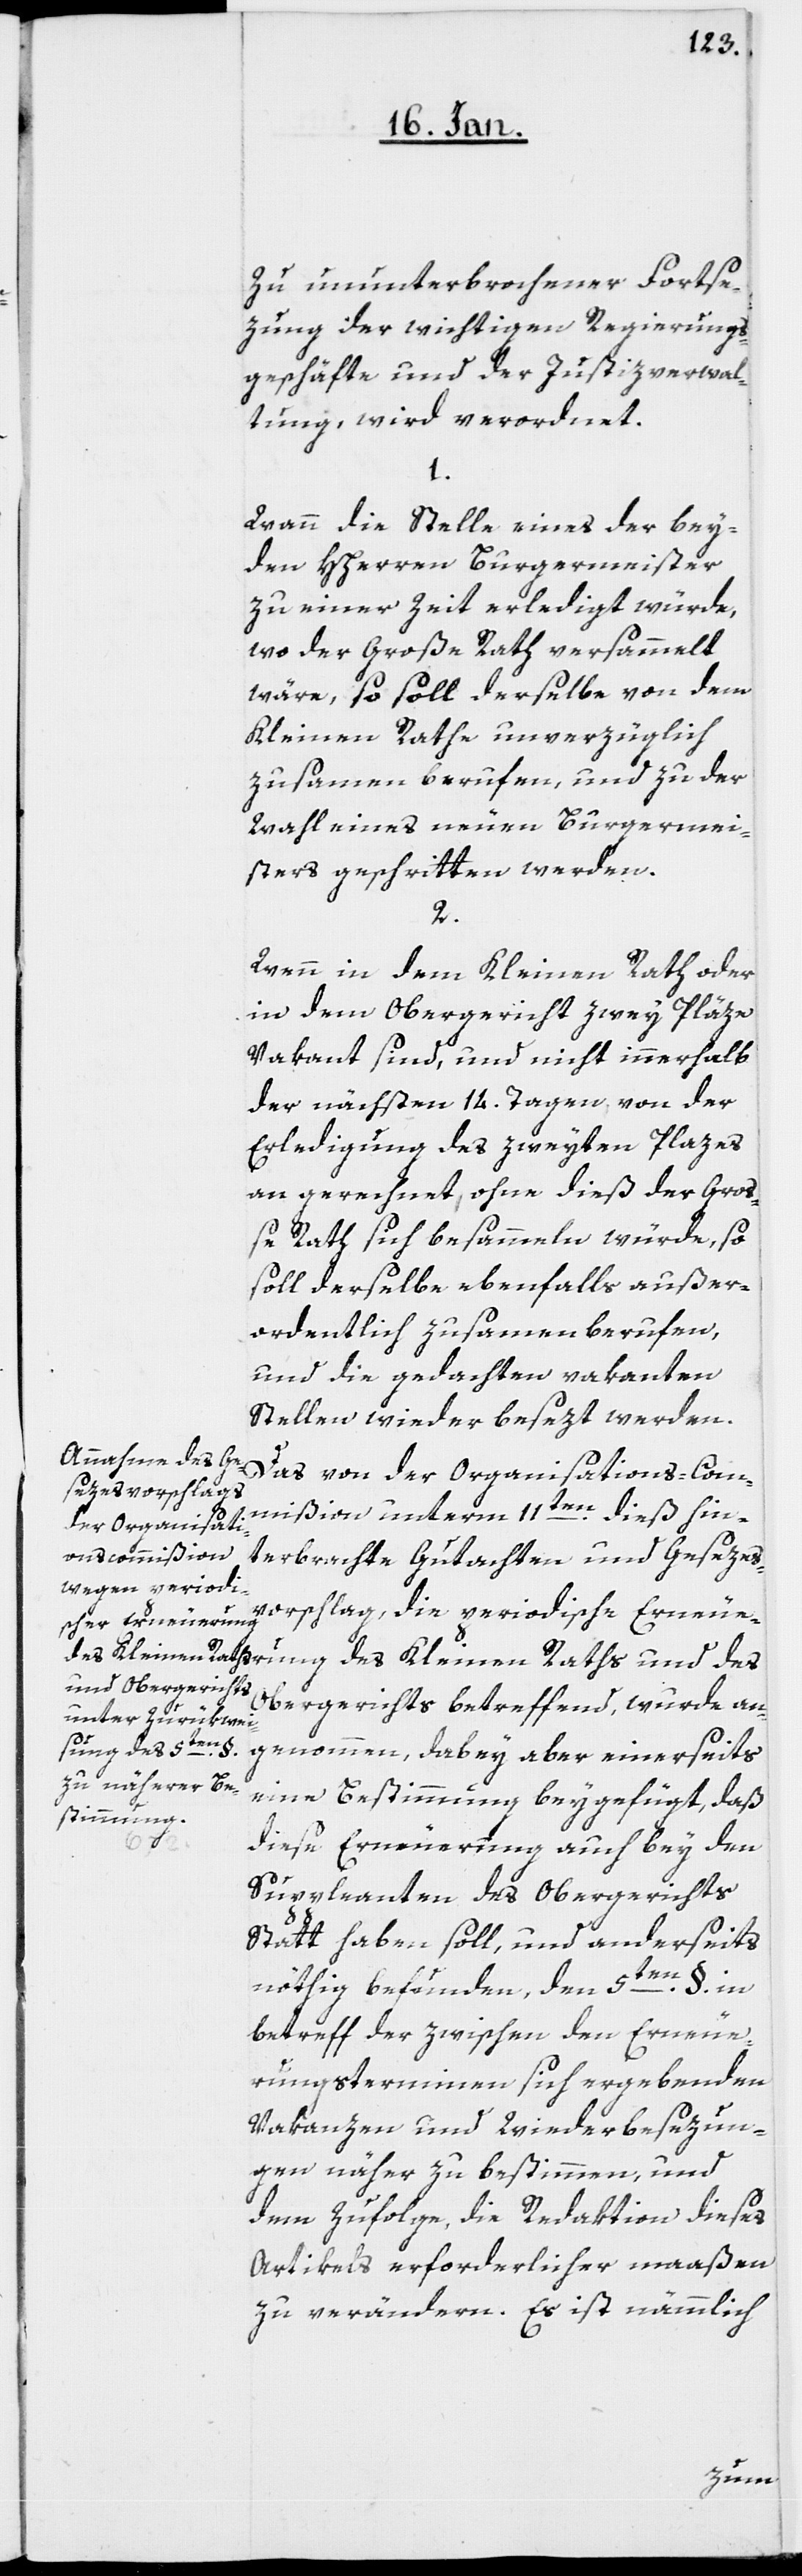
Zu ununterbrochener Fortse¬
zung der wichtigen Regierungs¬
geschäfte und der Justizverwal¬
tung, wird verordnet.
1.
Wann die Stelle eines der bey¬
den HHerren Burgermeister
zu einer Zeit erledigt würde,
wo der Große Rath versammelt
wäre, so soll derselbe von dem
Kleinen Rathe unverzüglich
zusamen berufen, und zu der
Wahl eines neuen Burgermei¬
sters geschritten werden.
2.
Wenn in dem Kleinen Rath oder
in dem Obergericht zwey Pläze
vakant sind, und nicht innerhalb
der nächsten 14. Tagen, von der
Erledigung des zweyten Plazes
an gerechnet, ohne dieß der Gro¬
ße Rath sich besammeln würde, so
soll derselbe ebenfalls außer¬
ordentlich zusammenberufen,
und die gedachten vakanten
Stellen wiederbesezt werden.
Das von der Organisations-Kom¬
mißion unterm 11ten dieß hin¬
terbrachte Gutachten und Gesetzes¬
vorschlag, die periodische Erneue¬
Obergerichts betreffend, wurde an¬
rung des Kleinen
genommen, dabey aber einerseits
eine Bestimmung beygefügt, daß
diese Erneuerung auch bey den
Suppleanten des Obergerichts
Statt haben soll, und anderseits
nöthig befunden, den 5ten. §. in
betreff der zwischen den Erneue¬
rungsterminen sich ergebenden
Vakanzen und Wiederbesezun¬
gen näher zu bestimmen, und
dem Zufolge, die Redaktion dieses
Artikels erforderlicher maaßen
zu verändern. Es ist nämmlich